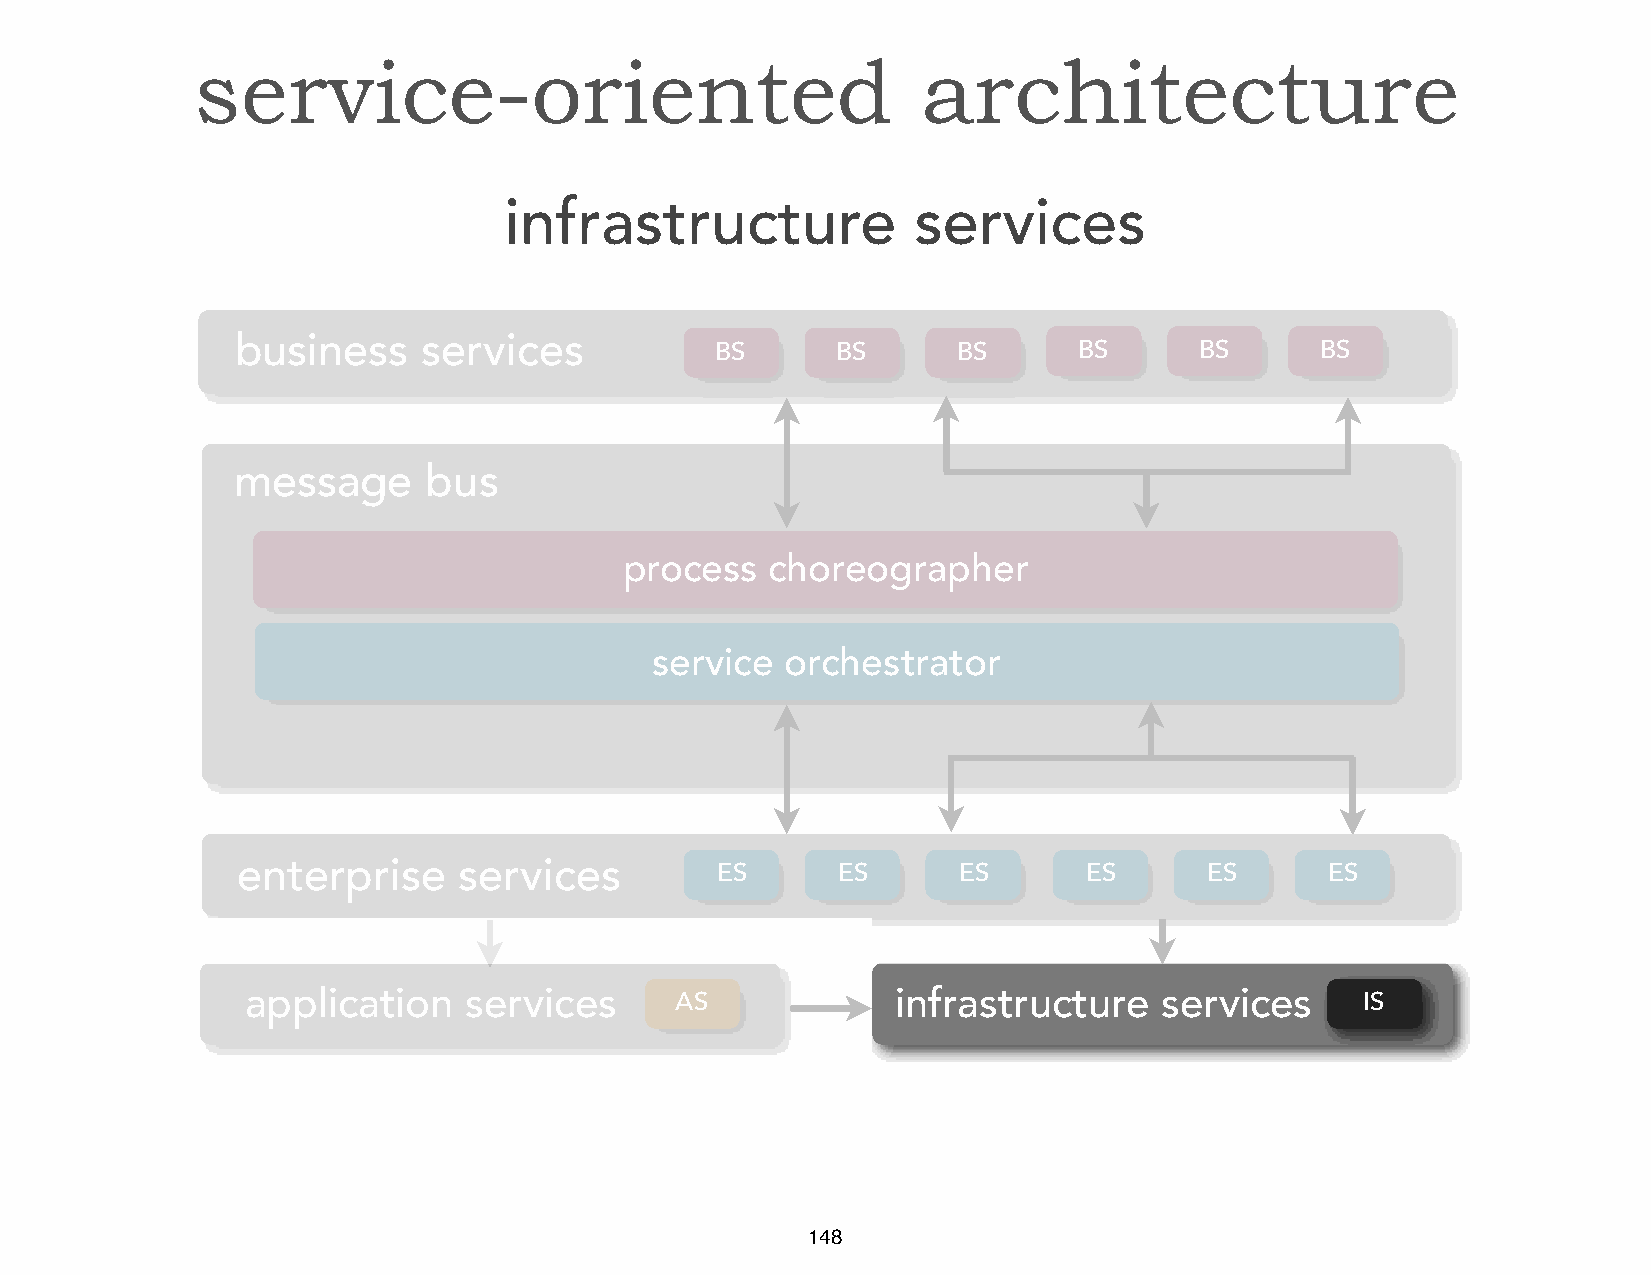
service-oriented                                architecture
 infrastructure             services
 business    services
 BS      BS      BS      BS      BS      BS
 message      bus
 process   choreographer
 service  orchestrator
 enterprise    services         ES      ES      ES       ES      ES      ES
 application    services      AS            infrastructure    services     IS
 148